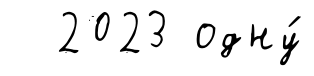
2023 одну́